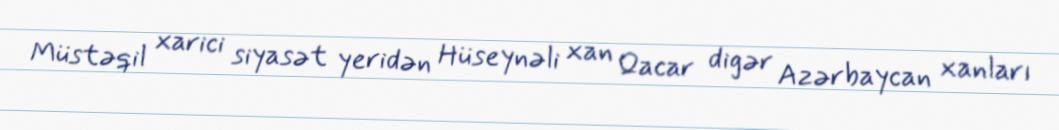
Müstəqil xarici siyasət yeridən Hüseynəli xan Qacar digər Azərbaycan xanları